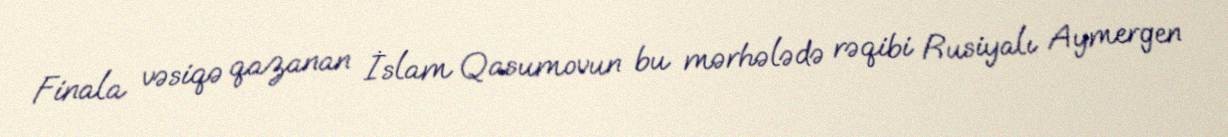
Finala vəsiqə qazanan İslam Qasumovun bu mərhələdə rəqibi Rusiyalı Aymergen